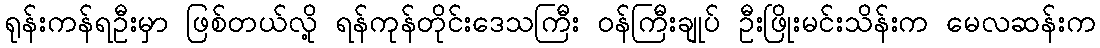
ရုန်းကန်ရဦးမှာ ဖြစ်တယ်လို့ ရန်ကုန်တိုင်းဒေသကြီး ဝန်ကြီးချုပ် ဦးဖြိုးမင်းသိန်းက မေလဆန်းက